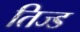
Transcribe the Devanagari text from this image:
तिज्ड